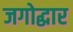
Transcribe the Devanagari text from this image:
जगोद्धार